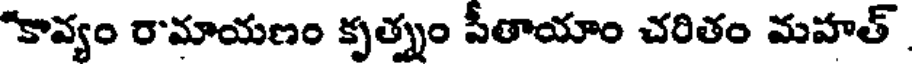
"కావ్యం రామాయణం కృత్నం పీతాయాం చరితం మహత్